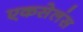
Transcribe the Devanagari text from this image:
एकसेलंस